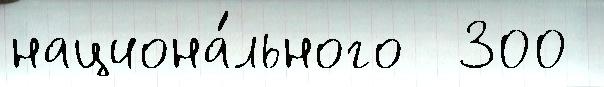
национа́льного  300